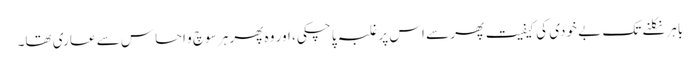
باہر نکلنے تک بے خودی کی کیفیت پھر سے اس پر غلبہ پا چکی، اور وہ پھر ہر سوچ و احساس سے عاری تھا۔